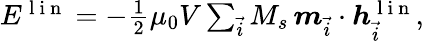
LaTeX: \begin{array}{r}{E^{\mathrm{~l~i~n~}}=-\frac{1}{2}\mu_{0}V\sum_{\vec{i}}M_{s}\, \boldsymbol{m}_{\vec{i}}\cdot\boldsymbol{h}_{\vec{i}}^{\mathrm{~l~i~n~}},}\end{array}